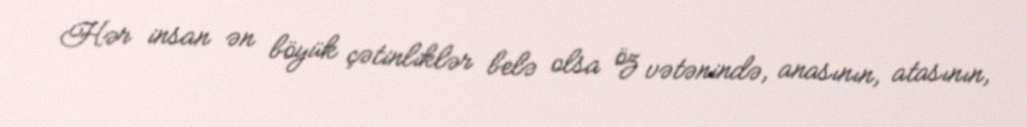
Hər insan ən böyük çətinliklər belə olsa öz vətənində, anasının, atasının,